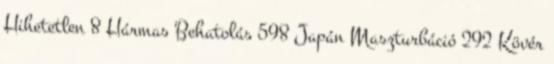
Hihetetlen 8 Hármas Behatolás 598 Japán Maszturbáció 292 Kövér